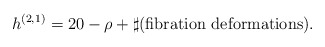
\begin{align*}h^{(2,1)}=20-\rho+\sharp({\rm fibration}~{\rm deformations}).\end{align*}